Annual report on the working of the mental hospitals in the Madras Presidency - 1912-1932
Year: 1912
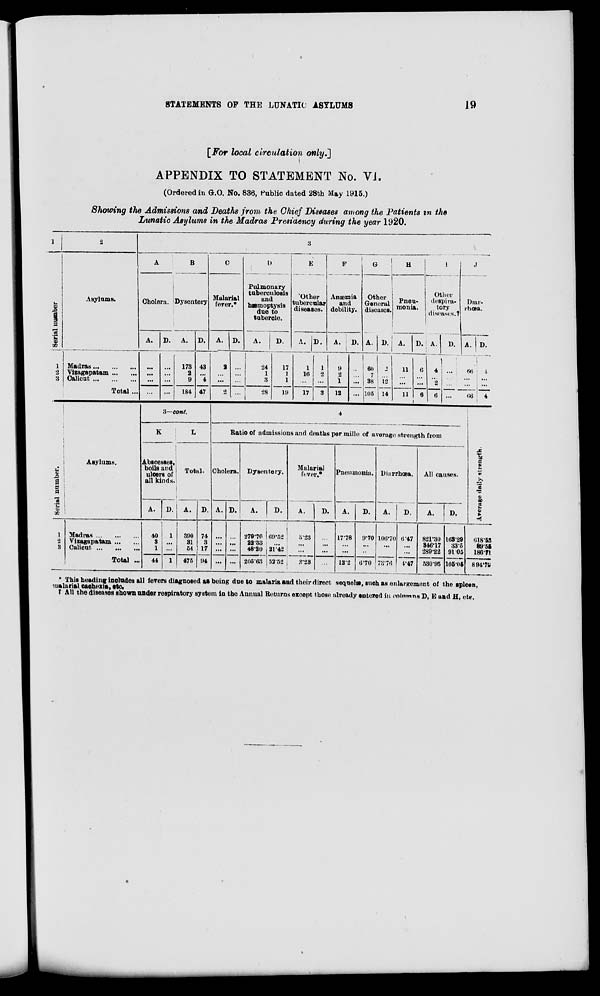
STATEMENTS OF THE LUNATIC ASYLUMS
19
[For local circulation only.]
APPENDIX TO STATEMENT No. VI.
(Ordered in G.O. No. 836, Public dated 28th May 1915.)
Showing the Admissions and Deaths from the Chief Diseases among the Patients in the
Lunatic Asylums in the Madras Presidency during the year 1920.
1
Serial number
1
2
3
2
Asylums.
Madras ... ... ...
Vizagapatam ... ...
Calicut
...
...
...
Total ...
3
A
Cholera.
A.
...
...
...
...
D.
...
...
...
...
B
Dysentery
A.
173
2
9
184
D.
43
...
4
47
C
Malarial
fever.*
A.
2
...
...
2
D.
...
...
...
...
D
Pulmonary
tuberculosis
and
hæmoptysis
due to
tubercle.
A.
24
1
3
28
D.
17
1
1
19
E
Other
tubercular
diseases.
A.
1
16
...
17
D.
1
2
...
3
F
Anæmia
and
debility.
A.
9
2
1
12
D.
...
...
...
...
G
Other
General
diseases.
A.
60
7
38
105
D.
2
...
12
14
H
Pneu-
monia.
A.
11
...
... 11
D.
6
...
...
6
I
Other
despira-
tory
diseases.†
A.
4
...
2
6
D.
...
...
...
...
J
Diar-
rhœa.
A.
66
... ...
66
D.
4
...
...
4
Serial number.
1
2
3
Asylums.
Madras
...
...
...
Vizagapatam ... ...
Calicut
...
...
...
Total ...
3—cont.
K
Abscesses,
boils and
ulcers of
all kinds.
A.
40
3
1
44
D.
1
...
...
1
L
Total.
A.
390
31
54
475
D.
74
3
17
94
4
Ratio of admissions and deaths per mille of average strength from
Cholera.
A.
...
...
...
...
D.
...
...
...
...
Dysentery.
A.
279.70
22.33
48.20
205.63
D.
69.52
...
21.42
52.52
Malarial
fever.*
A.
3.23
...
...
2.23
D.
...
...
...
...
Pneumonia.
A.
17.78
...
...
12.2
D.
9.70
...
...
6.70
Diarrhœa.
A.
106.70
...
...
73.76
D.
6.47
...
...
4.47
All causes.
A.
821.30
346.17
289.22
530.95
D.
163.29
33.5
91.05
105.05
Average daily strength.
618.53
89.55
186.71
894.79
* This heading includes all fevers diagnosed as being due to malaria and their direct sequelæ, such as enlargement of the spleen,
malarial cachexia, etc.
† All the diseases shown under respiratory system in the Annual Returns except those already entered in columns D, E and H, etc.